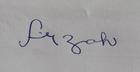
Signature authenticity: forged